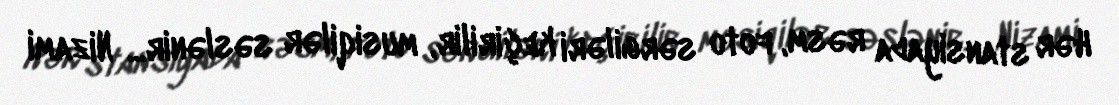
Hər stansiyada rəsm, foto sərgiləri keçirilir, musiqilər səslənir... Nizami